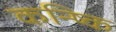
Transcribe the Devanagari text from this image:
कन्ष्कि